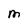
Character: m